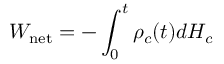
W _ { \mathrm { n e t } } = - \int _ { 0 } ^ { t } \rho _ { c } ( t ) d H _ { c }